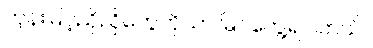
ကုန်းမြင့်ညိုညိုတွေကိုသာ မြင်တွေ့ရပါတယ်။